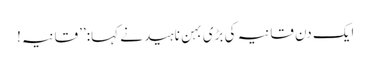
ایک دن قانیہ کی بڑی بہن ناہید نے کہا:’’ قانیہ!